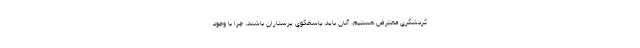
گردشگری معترض هستیم. آنان باید پاسخگوی پرستاران باشند، چرا با وجود